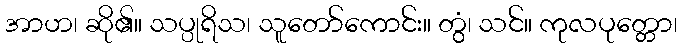
အာဟ၊ ဆို၏။ သပ္ပုရိသ၊ သူတော်ကောင်း။ တွံ၊ သင်။ ကုလပုတ္တော၊